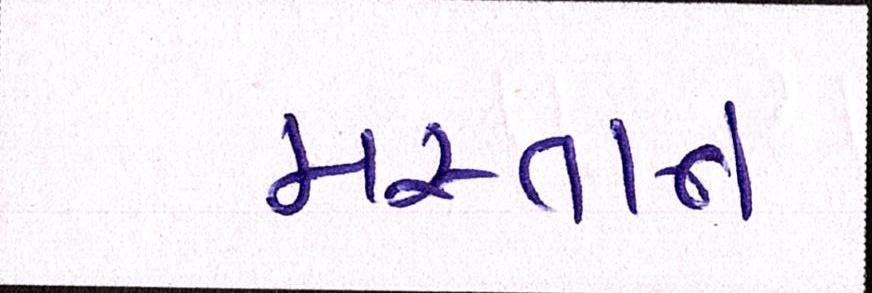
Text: મસ્તાન